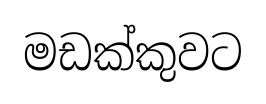
මඩක්කුවට